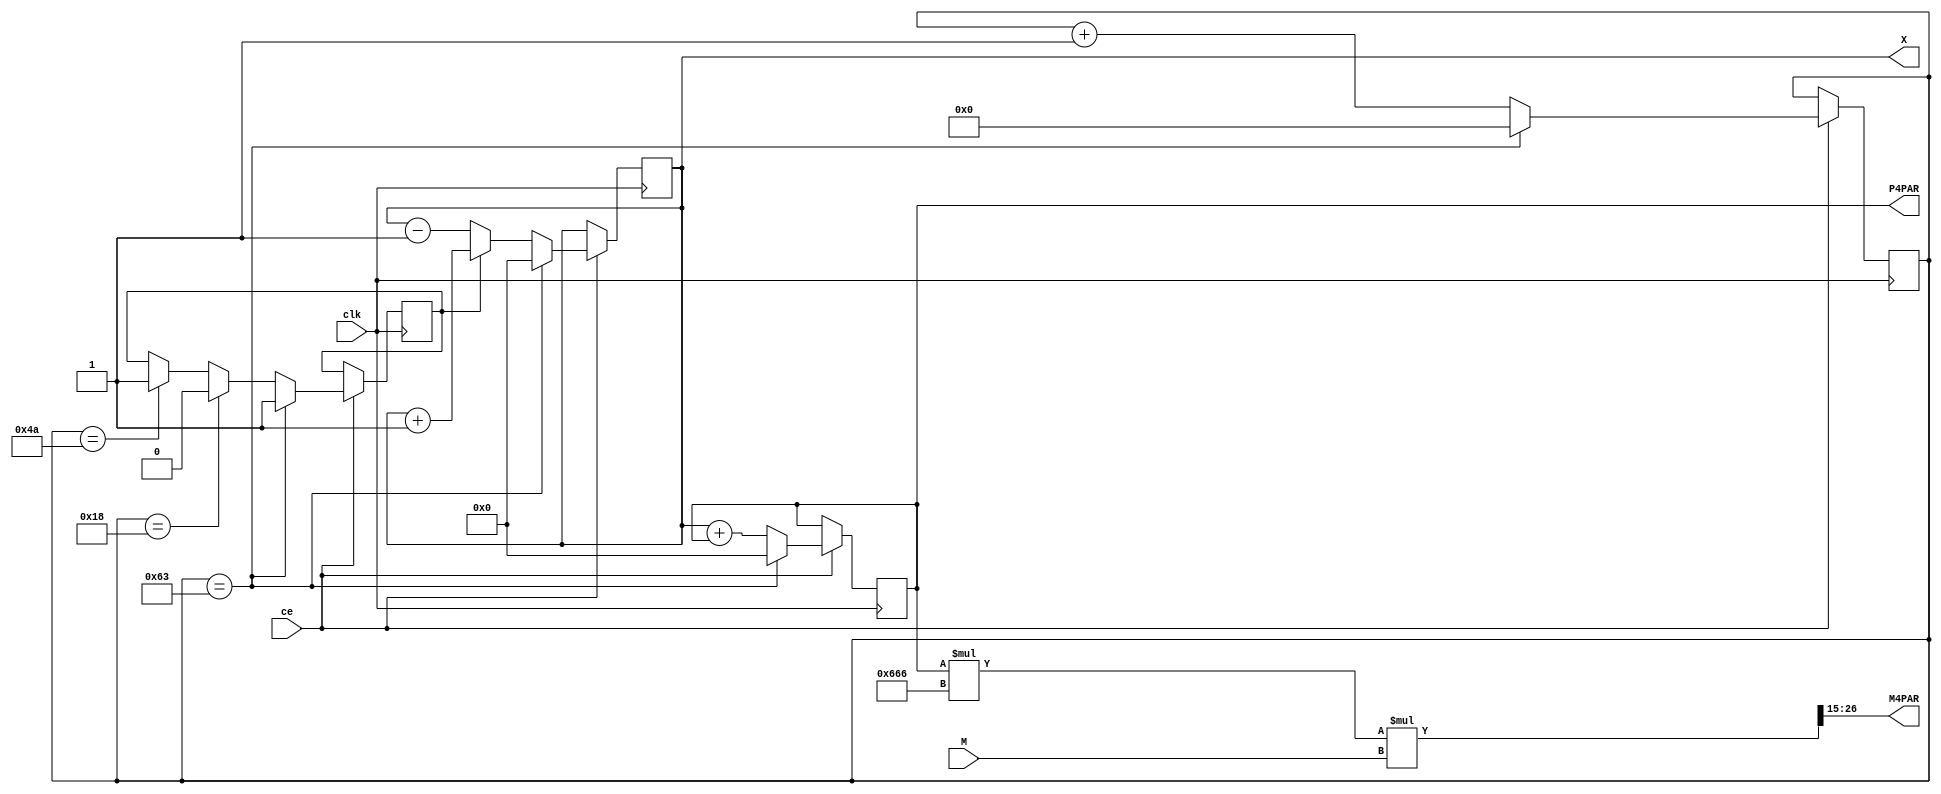
module AGN_4PAR(           output wire [11:0] M4PAR, // 
                input clk, output reg [10:0] X=0, // ""
                input ce,  output reg [10:0] P4PAR=0, //
                input [7:0]M);//

  parameter NP=100 ; //   
  parameter MA= 1638 ; //MA=256*4000/((NP^2)/16)=1638
  //reg [10:0] P4PAR=0 ; //
  reg [7:0]cb_NP=0 ; // 
  wire CO_4PAR ; // 
  reg UP=1 ; // 
  //---M4PAR=(P4PAR*MA)/128
  wire [23:0] Y = (P4PAR*MA);// P4PAR  MA
  wire [26:0]MY = Y*M ; // Y  M
  
  assign M4PAR = MY>>15 ; //  2^15=32768
  assign CO_4PAR = (cb_NP==NP-1) ;
  
  always @ (posedge clk) if (ce) begin
    cb_NP <= CO_4PAR? 0 : cb_NP+1 ;
    UP <= CO_4PAR? 1 : (cb_NP==NP/4-1)? 0 : (cb_NP==(3*NP)/4-1)? 1 : UP ;
    X <= CO_4PAR? 0: UP? X+1 : X-1 ;
    P4PAR <= CO_4PAR? 0 : X+P4PAR ;
  end

endmodule